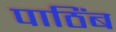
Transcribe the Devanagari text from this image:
पाठिंब